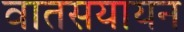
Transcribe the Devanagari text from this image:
वातसयायन